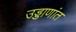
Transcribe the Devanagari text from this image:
उड्डाणांत